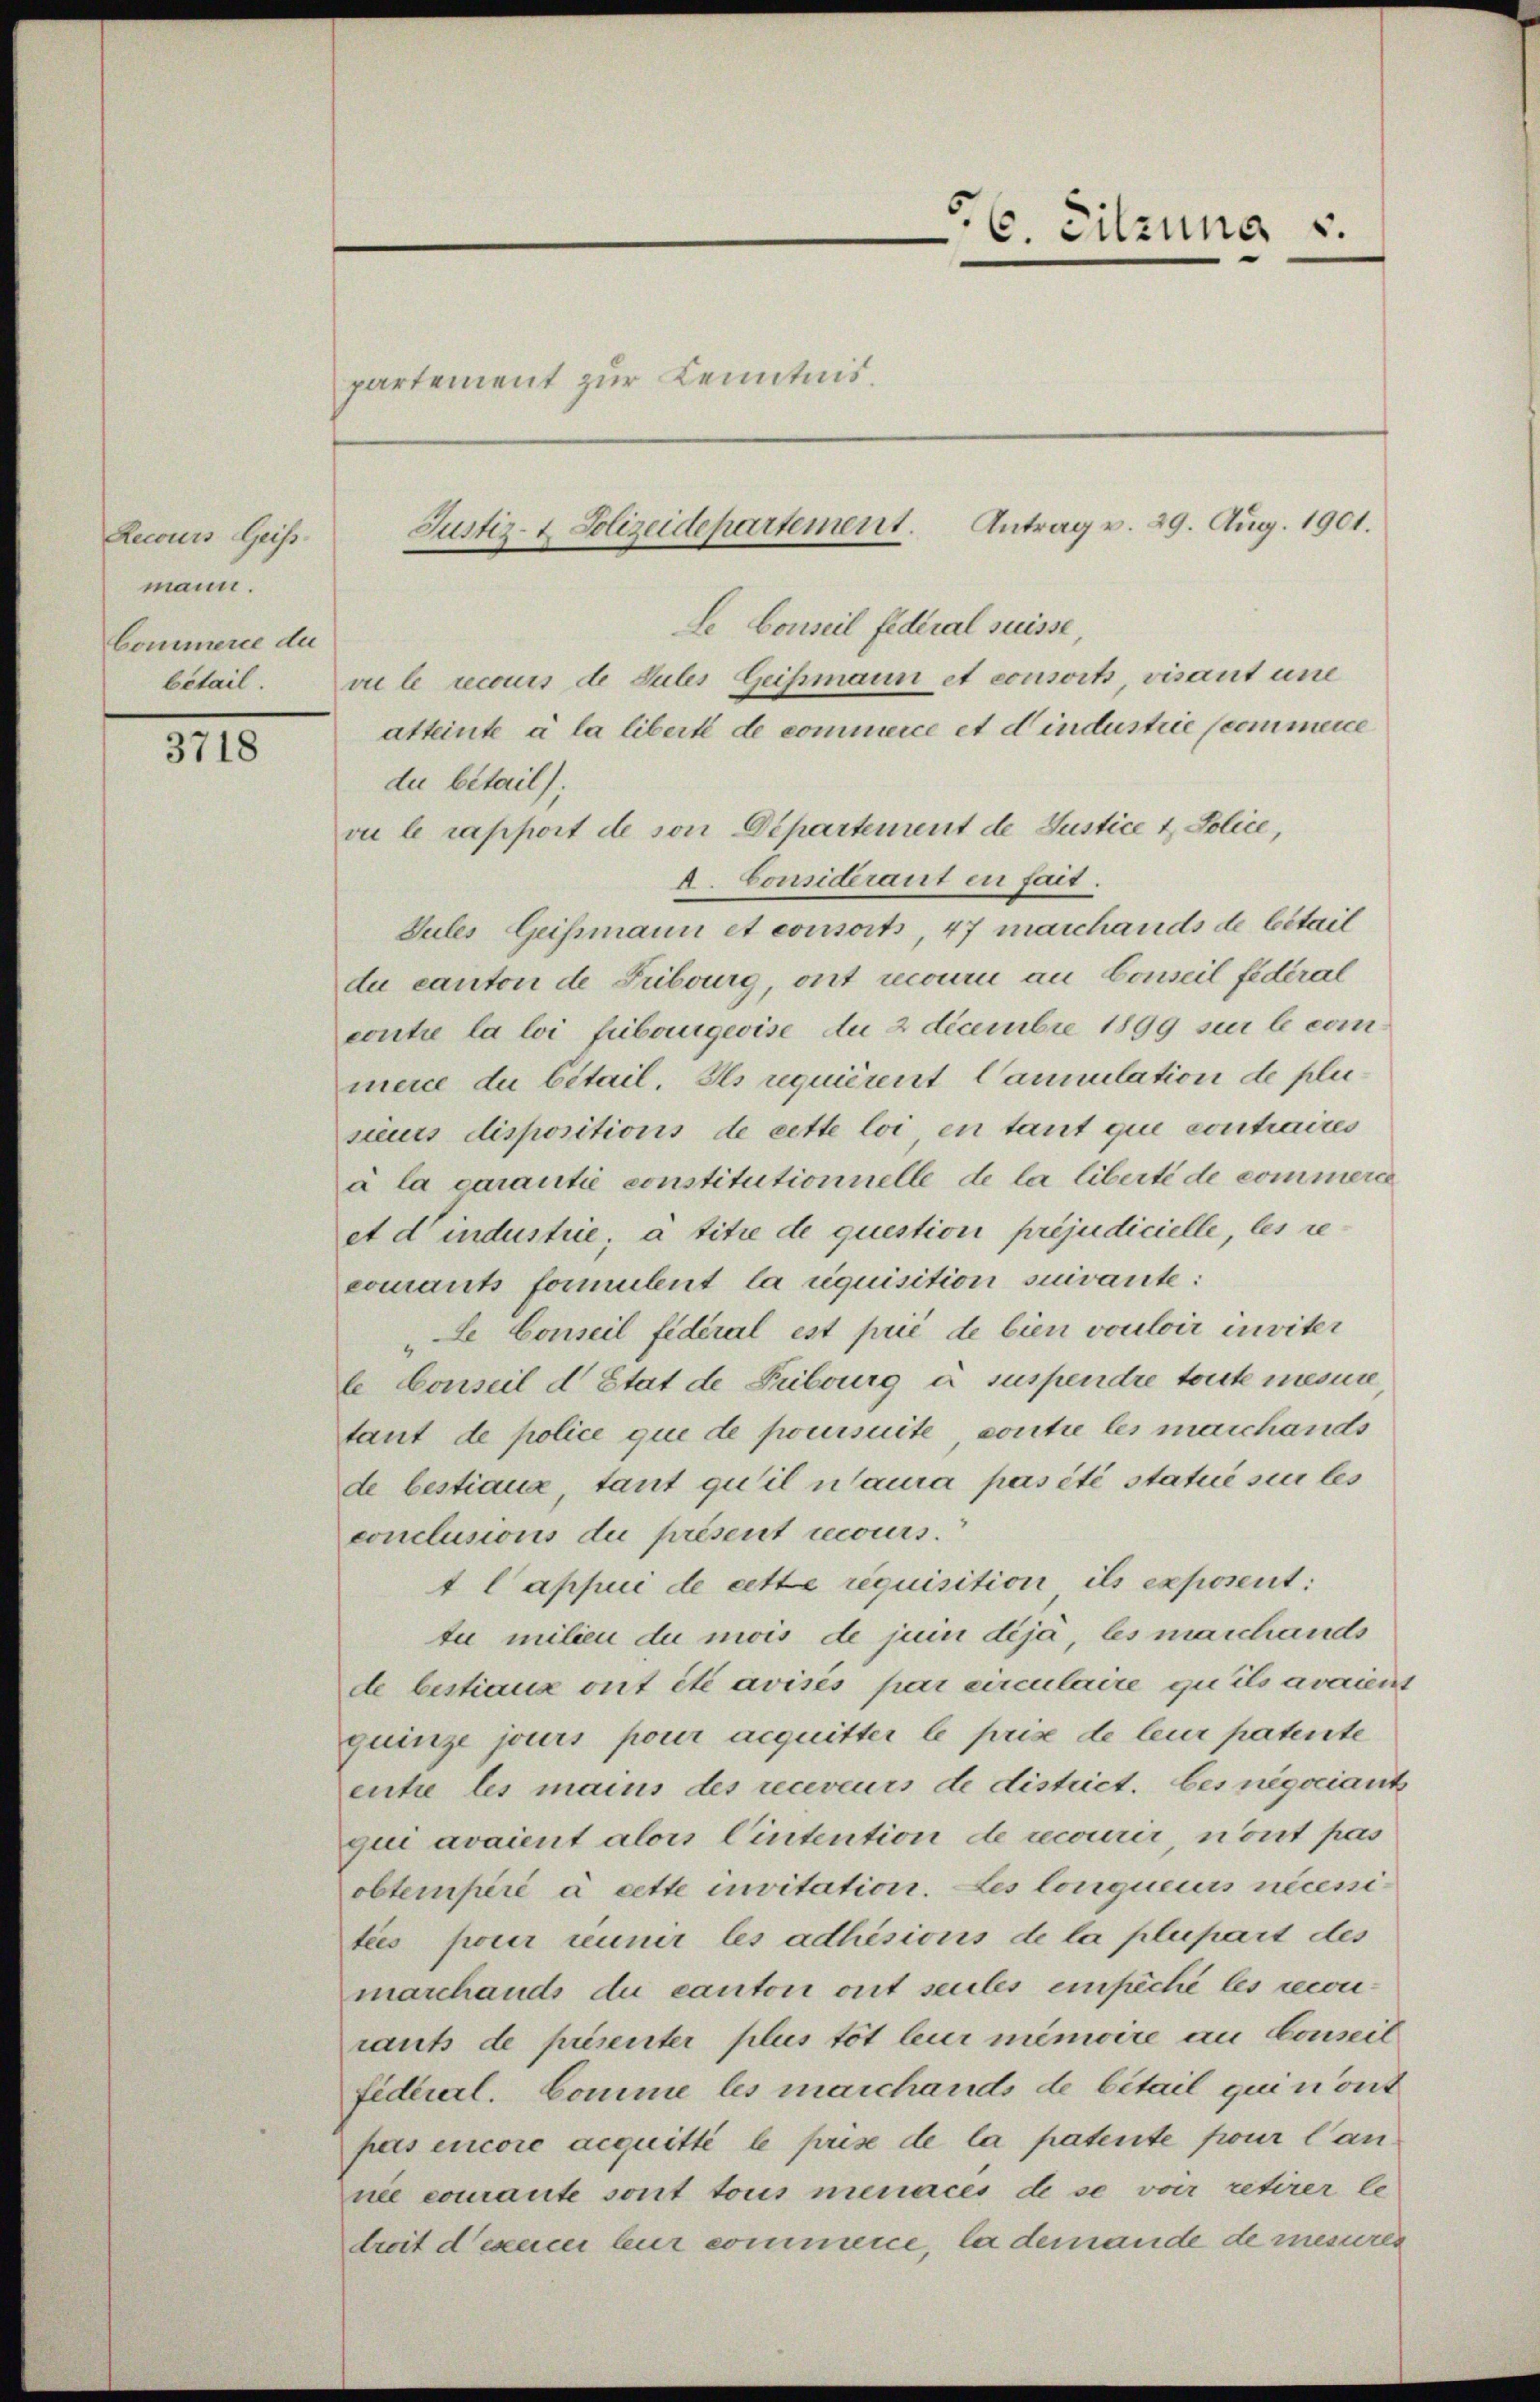
Recours Geiss.
mann.
Commerce de

3718

partement zur Kenntnis.

C. C. Sitzung v.

Le Conseil fédéral suisse,
bétail. Zu le recours de Sules Geismann et consort, visant une
atteinte à la libert de commerce et dindustrie Seemmene
du bétail);
vu le rapport de von Departement de Justice & Police,
A. Consideraut en fait.
Sules Geissmann et consorts, 47 marchands de bétail
da canton de Fribourg, ont recourie an Conseil fédéral
contie la loi fibourgeoise Au 2 Decembre 1899 sur le commerce du bétail. Ils requièrent Camulation de plusicus dispositions de cette loi en tant que contraites
à la carantie constitutionnelle de la liberté de commerce
et d’industrie, à titre de question préjudicielle, les re
courants formulent la requisition suivante:
de Conseil fidéral est prié de bien vouloir inviter
le Conseil d’Etat de Pribourg à suspendre toute mesure
tant de police que de poursuite, sontie les marchands
de bestiaux tant qu’il n’aura pas été statue sie les
conclusions du présent recours.
t Cappui de cette requisition ils exposent:
tu milien du mois de juin déjà, les manchands
de bestiaux ont été avisés par circulaire quits avaient
quinze jours pour acquitter le prise de leur patente
entie les mains des receveurs de district. bes negociant
qui avaient alors Eintention de recourir, nont pas
obtemperé à cette invitation. Les longueurs nécessitees pour reiner les adhisions de la plupart des
marchands du cantoni ont seules einfache les recon
rauts de présenter plus töt leur minire an Conseil
Fidererl. Comme les marchands de bitail qui n’ont
pas encore acquitté le prise de la patente pour lannee comante sont tous menacés de se voir retirer le
droit d’exerce sur commene, la demande de mesures

Justiz- & Polizeidepartement. Antrag v. 29. Aug. 1901.